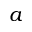
a